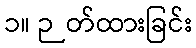
၁။ ဉတ်ထားခြင်း